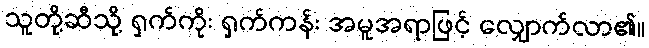
သူတို့ဆီသို့ ရှက်ကိုး ရှက်ကန်း အမူအရာဖြင့် လျှောက်လာ၏။